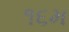
૧૬મ